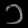
Digit: ၁